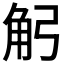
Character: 𧢺